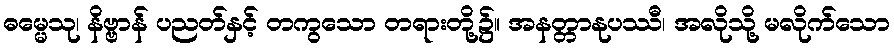
ဓမ္မေသု၊ နိဗ္ဗာန် ပညတ်နှင့် တကွသော တရားတို့၌။ အနတ္တာနုပဿီ၊ အလိုသို့ မလိုက်သော